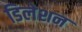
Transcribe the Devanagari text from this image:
डिलेशन